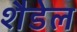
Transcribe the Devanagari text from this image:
शैडेल